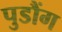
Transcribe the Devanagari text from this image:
पुडौंग